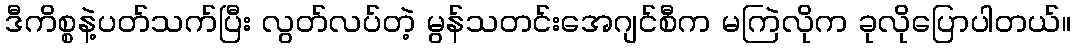
ဒီကိစ္စနဲ့ပတ်သက်ပြီး လွတ်လပ်တဲ့ မွန်သတင်းအေဂျင်စီက မကြဲလိုက ခုလိုပြောပါတယ်။